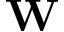
\mathbf { W }